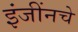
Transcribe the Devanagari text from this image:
इंजींनचे